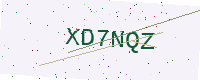
Text: XD7NQZ